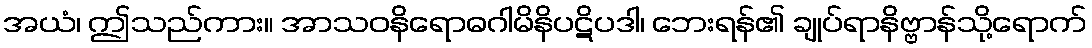
အယံ၊ ဤသည်ကား။ အာသဝနိရောဓဂါမိနိပဋိပဒါ၊ ဘေးရန်၏ ချုပ်ရာနိဗ္ဗာန်သို့ရောက်